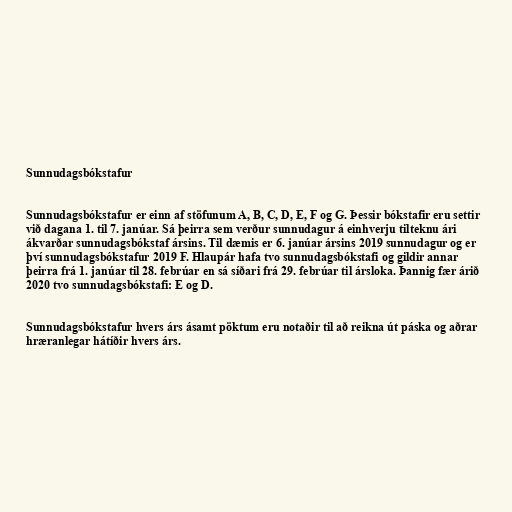
Sunnudagsbókstafur

Sunnudagsbókstafur er einn af stöfunum A, B, C, D, E, F og G. Þessir bókstafir eru settir
við dagana 1. til 7. janúar. Sá þeirra sem verður sunnudagur á einhverju tilteknu ári
ákvarðar sunnudagsbókstaf ársins. Til dæmis er 6. janúar ársins 2019 sunnudagur og er
því sunnudagsbókstafur 2019 F. Hlaupár hafa tvo sunnudagsbókstafi og gildir annar
þeirra frá 1. janúar til 28. febrúar en sá síðari frá 29. febrúar til ársloka. Þannig fær árið
2020 tvo sunnudagsbókstafi: E og D.

Sunnudagsbókstafur hvers árs ásamt pöktum eru notaðir til að reikna út páska og aðrar
hræranlegar hátíðir hvers árs.